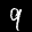
Label: 9